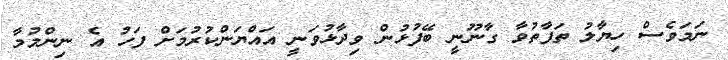
ނަމަވެސް ހިޔާލު ތަފާތުވާ ގާނޫނީ ބޭފުޅުން ވިދާޅުވަނީ އައްޔަންކުރުމަށް ފަހު އެ ނިންމުމާ